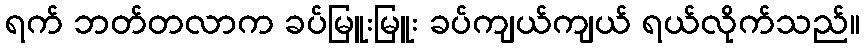
ရက် ဘတ်တလာက ခပ်မြူးမြူး ခပ်ကျယ်ကျယ် ရယ်လိုက်သည်။